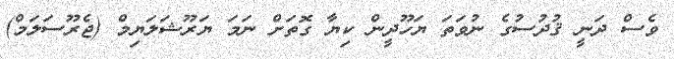
ވެސް ދަނީ ޤުދުސުގެ ނުވަތަ ޔަހޫދީން ކިޔާ ގޮތަށް ނަމަ ޔަރޫޝަލަޔިމް (ޖެރޫސަލަމް)